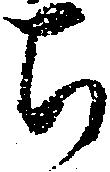
ち